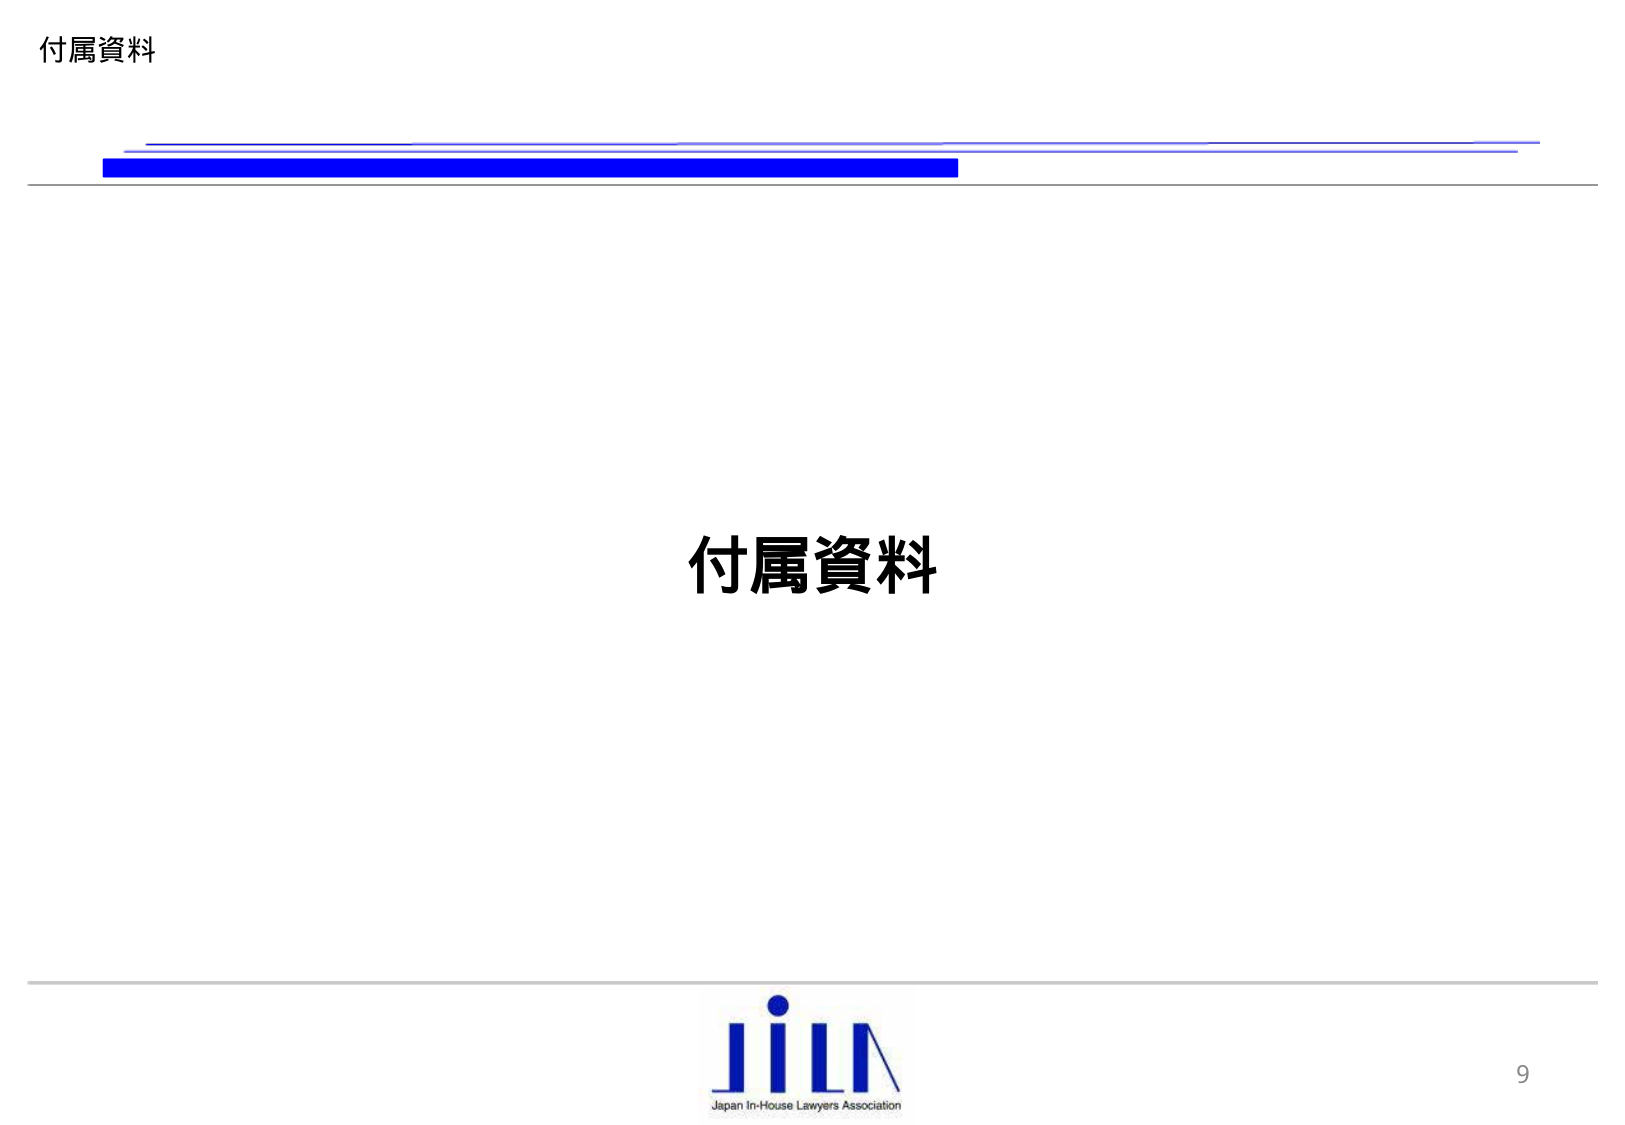
付属資料

付属資料

JiLA
Japan In-House Lawyers Association

9